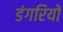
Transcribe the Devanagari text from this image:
डंगरियों